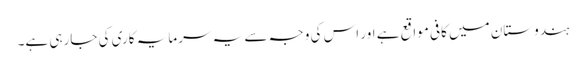
ہندوستان میں کافی مواقع ہے اور اس کی وجہ سے یہ سرمایہ کاری کی جارہی ہے۔